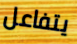
يتفاعل